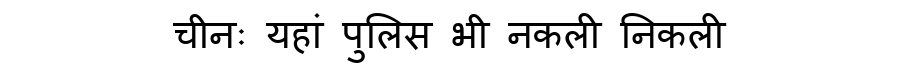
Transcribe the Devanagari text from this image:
चीनः यहां पुलिस भी नकली निकली